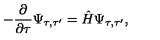
- \frac { \partial } { \partial \tau } \Psi _ { \tau , \tau ^ { \prime } } = \hat { H } \Psi _ { \tau , \tau ^ { \prime } } ,